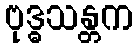
ဗုဒ္ဓသန္တက